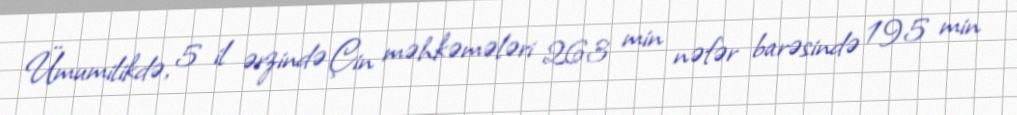
Ümumilikdə, 5 il ərzində Çin məhkəmələri 263 min nəfər barəsində 195 min